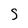
Character: 5